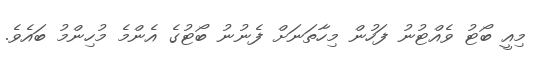
މިއީ ބޯޓު ވެއްޓުނު ފަހުން މިހާތަނަށް ފެނުނު ބޯޓުގެ އެންމެ މުހިންމު ބައެވެ.